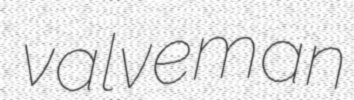
valveman